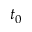
t _ { 0 }